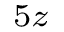
_ { 5 z }